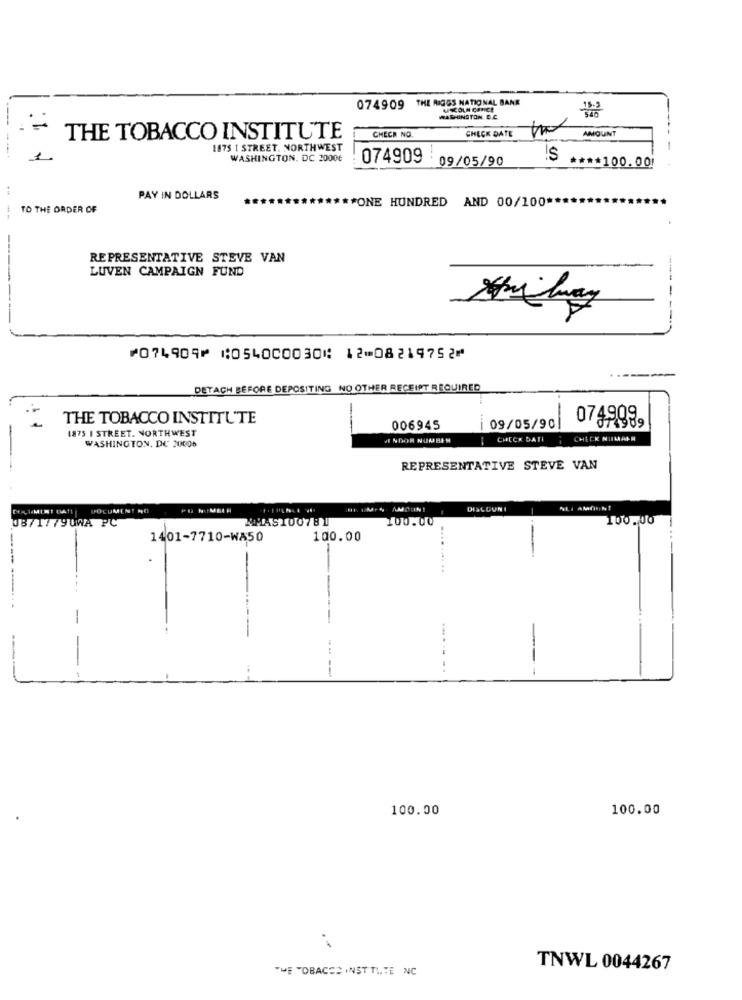
074909 THE RIGGS NATIONAL BANK
---
WASHINGTON. B.Č
CHECK NO.
CHECK DATE
AMOUNT
THE TOBACCO INSTITUTE
1875 | STREET. NORTHWEST
WASHINGTON, DC 20006
074909 09/05/90
$
**** 100.00!
PAY IN DOLLARS
*** ONE HUNDRED AND 00/100 **
TO THE ORDER OF
REPRESENTATIVE STEVE VAN
LUVEN CAMPAIGN FUND
--------
--------
⑈074909⑈ ⑆054000030⑆ 12⑉08219752⑈
DETACH BEFORE DEPOSITING NO OTHER RECEIPT REQUIRED
THE TOBACCO INSTITUTE
-
0749989
1875 I STREET. NORTHWEST
006945
09/05/90
NDOR NUMBEM
CHECK DATI
CHECK NILAALM
WASHINGTON, DC 20006
REPRESENTATIVE STEVE VAN
DOCUMENT DATE] DOCUMENT NO
HI. WAT % AMOLN!
DISCOUNI
-
08/17790WA PC
MMAS100781
100.00
100.00
1401-7710-WA50
100.00
.....
-
---
----
--
........
--
100.00
100.00
THE TOBACCO INST TITE NC
TNWL 0044267